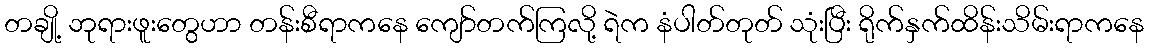
တချို့ ဘုရားဖူးတွေဟာ တန်းစီရာကနေ ကျော်တက်ကြလို့ ရဲက နံပါတ်တုတ် သုံးပြီး ရိုက်နှက်ထိန်းသိမ်းရာကနေ